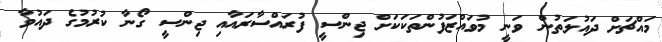
މައްޗަށް ދައުލަތުން ވަނީ މުވައްޒަފުންތަކަކަށް ޖިންސީ ފުރައްސާރައާއި ޖިންސީ ގޯނާ ކުރުމުގެ ދައުވާ